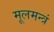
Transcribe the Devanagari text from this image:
मूलमन्त्रं